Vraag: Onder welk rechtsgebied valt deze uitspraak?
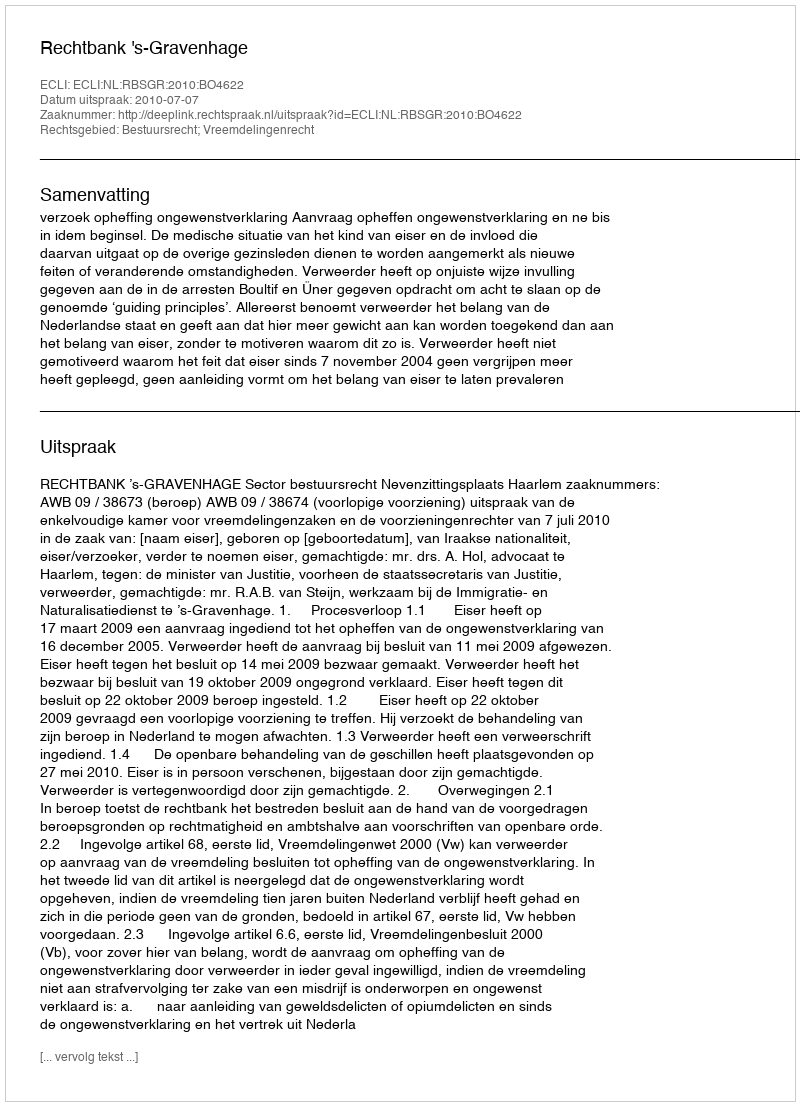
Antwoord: Bestuursrecht; Vreemdelingenrecht